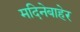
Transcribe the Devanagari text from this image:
मदिनेबाहेर